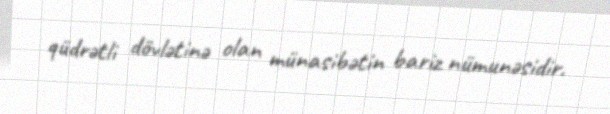
qüdrətli dövlətinə olan münasibətin bariz nümunəsidir.